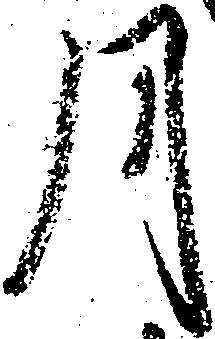
月